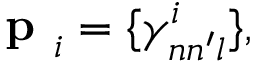
\centering \textbf { p } _ { i } = \{ \gamma _ { n n ^ { \prime } l } ^ { i } \} ,